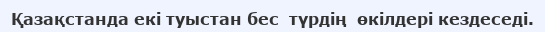
Қазақстанда екі туыстан бес  түрдің  өкілдері кездеседі.